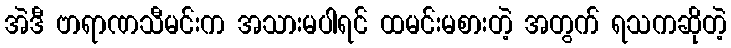
အဲဒီ ဗာရာဏသီမင်းက အသားမပါရင် ထမင်းမစားတဲ့ အတွက် ရသကဆိုတဲ့